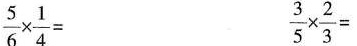
$$\frac { 5 } { 6 } \times \frac { 1 } { 4 } =$$ $$\frac { 3 } { 5 } \times \frac { 2 } { 3 } =$$